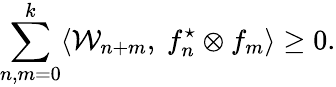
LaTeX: \sum_{n,m=0}^{k}\langle{\cal W}_{n+m},\ f_{n}^{\star}\otimes f_{m}\rangle\geq 0.